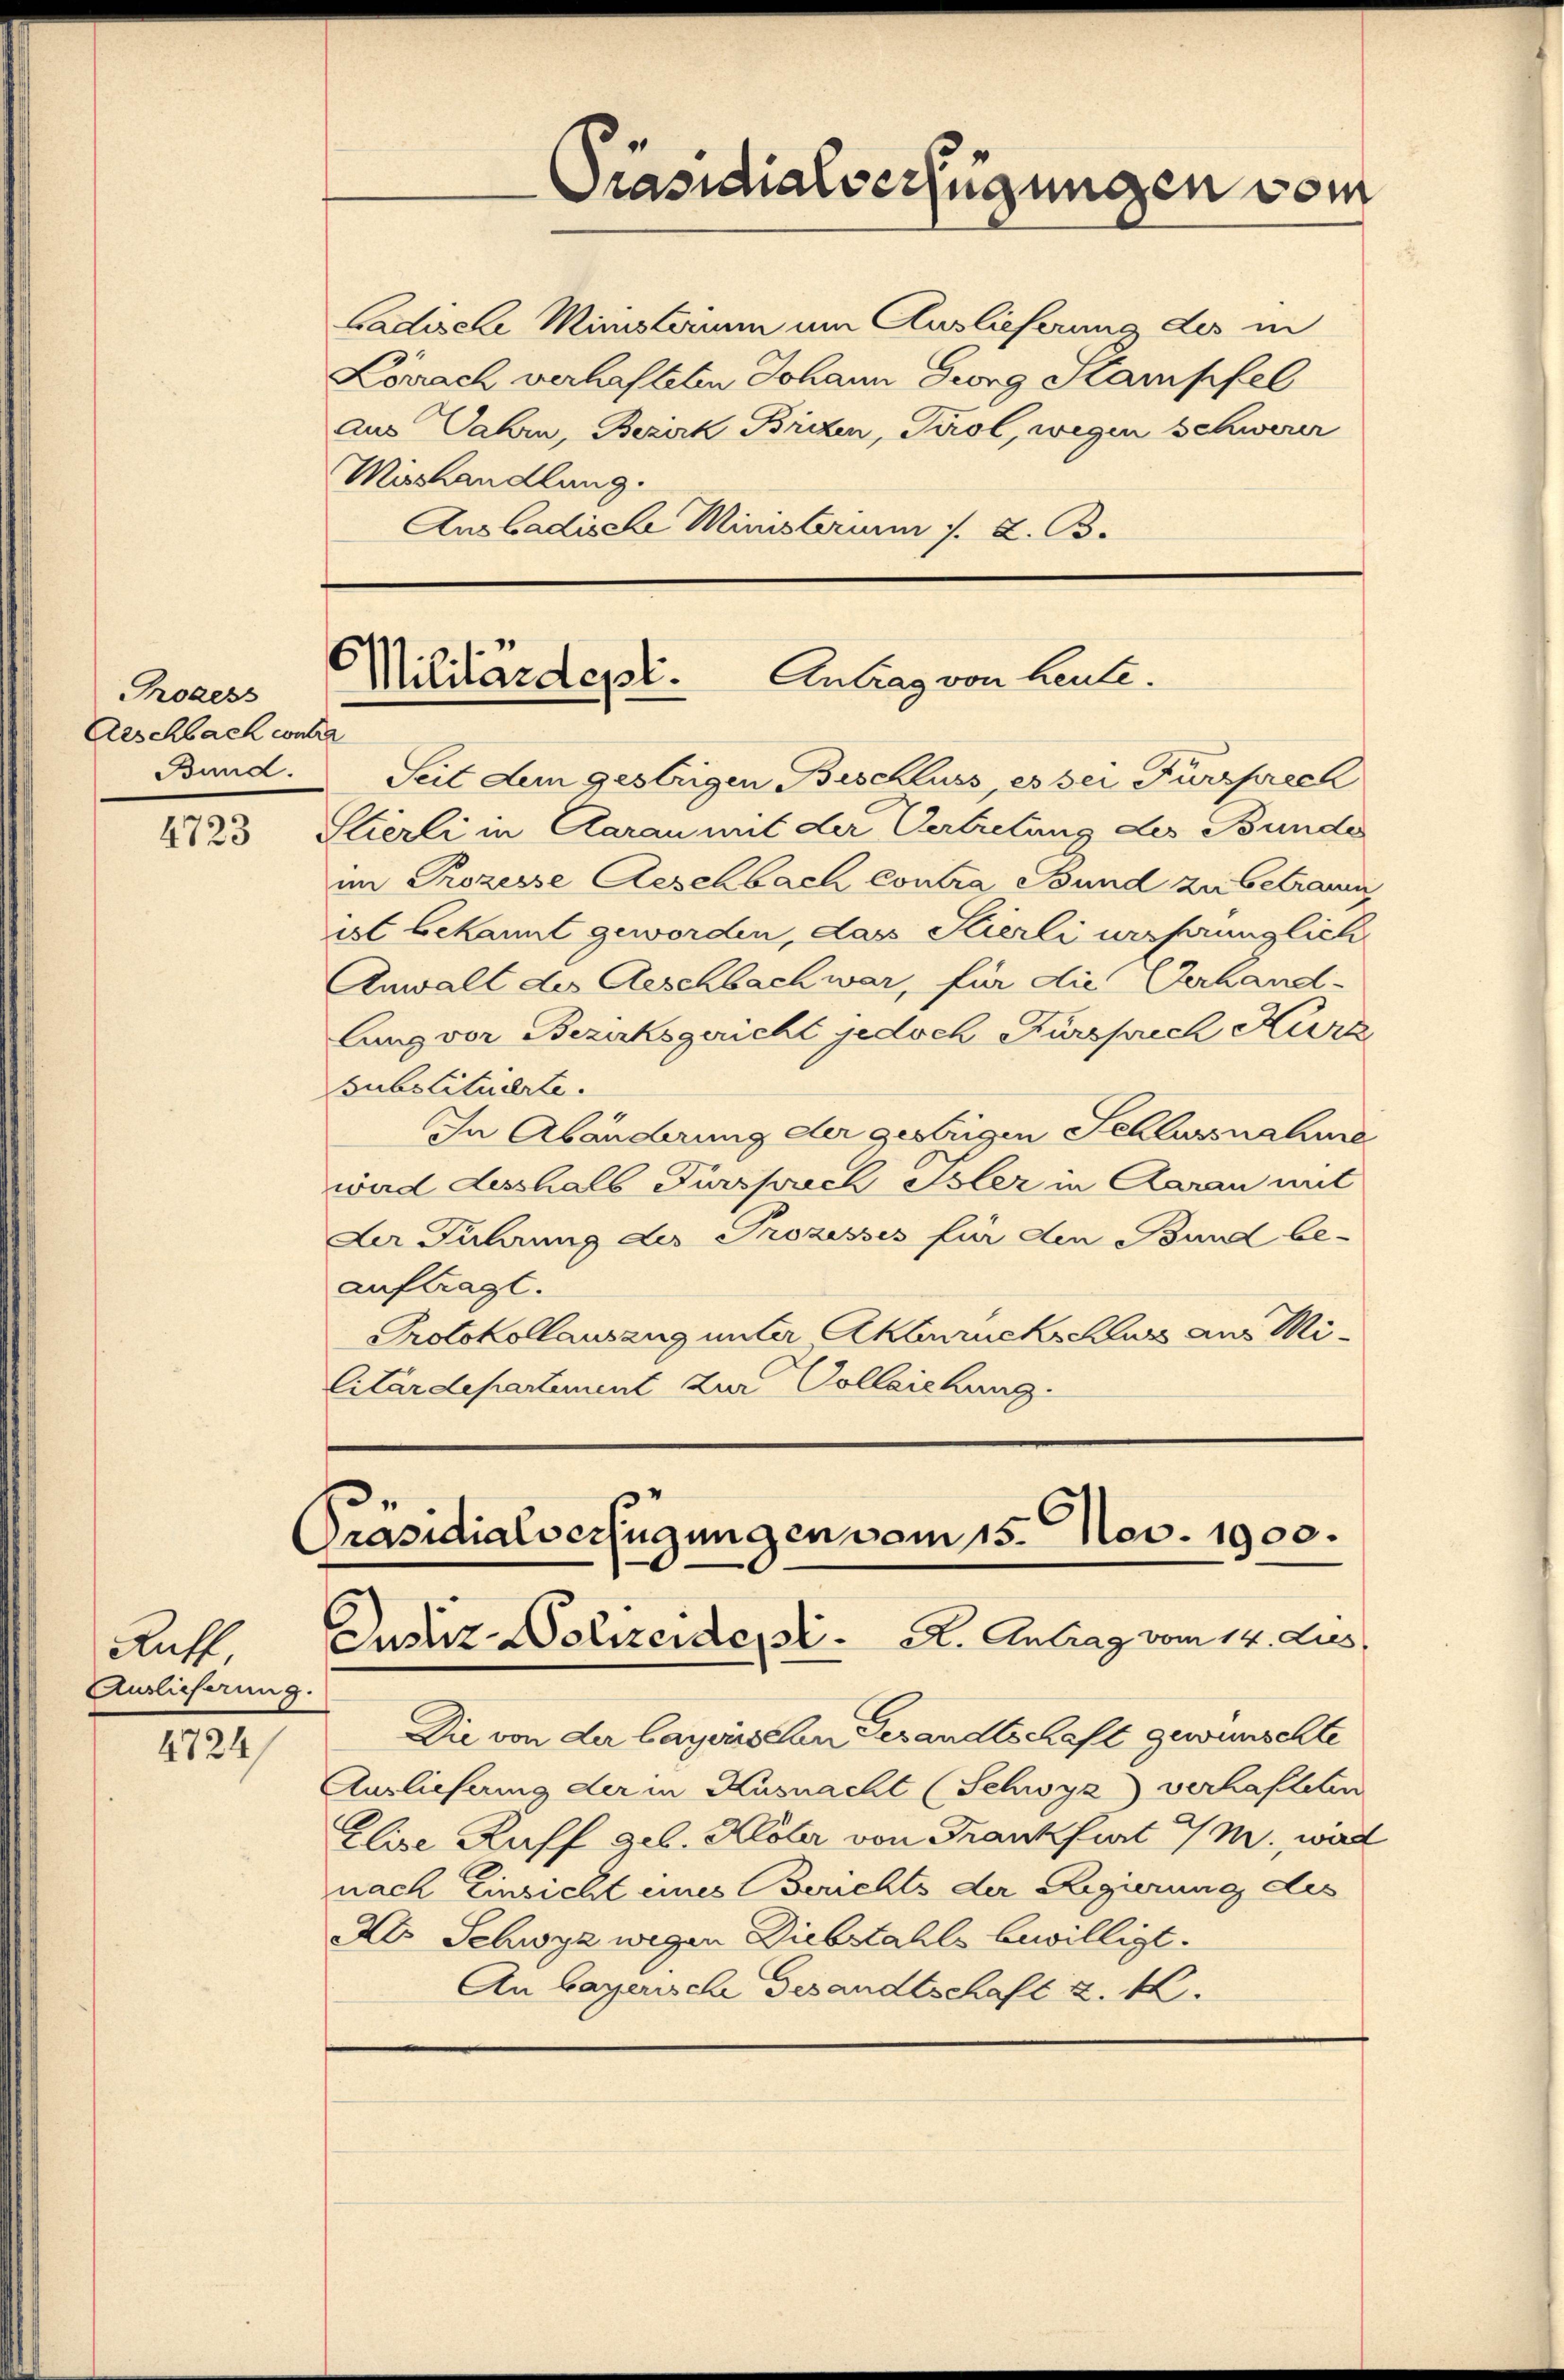
Prozess
Arschbach contra
Bund.

4723

Raff
Auslieferung.

4724/

Gadische Ministerim um Auslieferung des in
Lörrach verhafteten Johann Georg Kampfel
aus Jahre, Bezirk Brizen, Tirol, wegen schwerer
Michandlung.
Ans badische Ministerium s. z. B.

Präsidialverfügungen vom

¬
Militärdept.
Antrag von heute.

Seit dem gestrigen Beschluss, es sei Fürsprech
Stierli in Aarau mit der Vertretung des Bunde
im Prozesse Aeschbach Contra Bund zu betrauen
ist bekannt geworden, das Stierli verhänglich
Anwalt des Geschbach war, für die Gerhand-
lung vor Bezirksgericht jedoch Fürsprech Kurz
Substituierte.
In Abänderung der gestrigen Schlussnahme
ward Lesshalb Fürsprech Isler in Aarau mit
Ler Führung des Prozesses für den Bund be-
auftragt.
Protokollauszug unter Akburuckschluss aus Mi¬
Citärdepartement zur Volleichung.

Präsidialverfügungen vom 15. Nov. 1900.
Zustiz-Dolizeide, St. A. Antrag vom 14. Jus

Die von der bayerischen Gesandtschaft gewünschte
Ausliefung der in Küsnacht (Schwyz) verhafteten
Elise Ruff geb. Klöter von Frankfurt 9 M., wird
nach Einsicht eines Berichts der Regierung des
Ab Schwyz wegen Diebstahls bewilligt.
An barensche Gesandtschaft u. k.